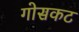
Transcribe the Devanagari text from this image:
गोसकट